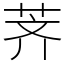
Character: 荠